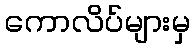
ကောလိပ်များမှ